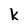
Character: k